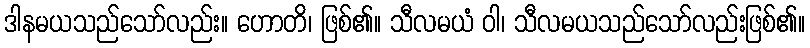
ဒါနမယသည်သော်လည်း။ ဟောတိ၊ ဖြစ်၏။ သီလမယံ ဝါ၊ သီလမယသည်သော်လည်းဖြစ်၏။